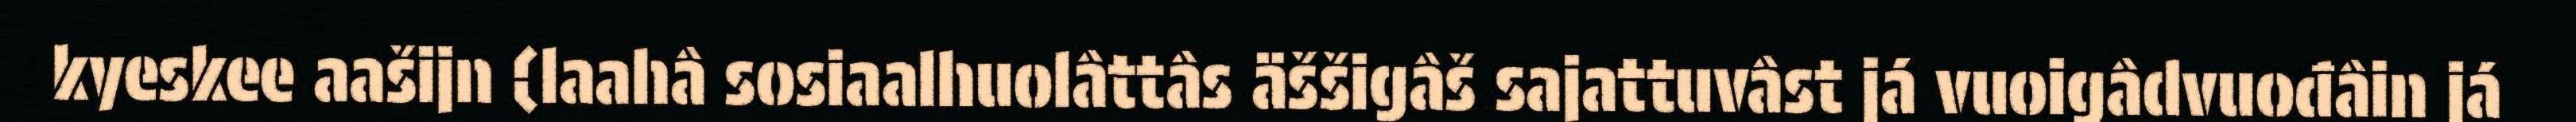
kyeskee aašijn (laahâ sosiaalhuolâttâs äššigâš sajattuvâst já vuoigâdvuođâin já